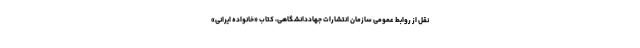
نقل از روابط عمومی سازمان انتشارات جهاددانشگاهی، کتاب «خانواده ایرانی»